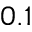
0 . 1